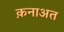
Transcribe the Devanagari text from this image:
क़नाअत